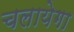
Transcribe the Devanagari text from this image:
चलायेगा